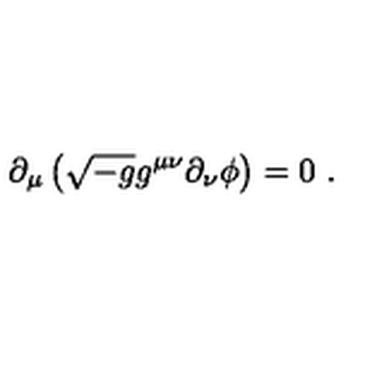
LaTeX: \partial _ { \mu } \left( \sqrt { - g } g ^ { \mu \nu } \partial _ { \nu } \phi \right) = 0 \ .